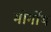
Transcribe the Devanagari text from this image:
मोर्गोथ